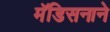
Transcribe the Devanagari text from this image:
मॅडिसनाने